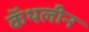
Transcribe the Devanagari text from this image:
कॅथलीन